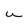
Character: u